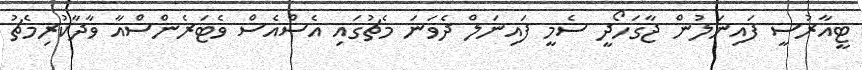
ޓީއާރުސީ ފައިނަލުން ޖާގަހޯދީ ސެމީ ފައިނަލް ދެވަނަ މެޗުގައި އެސްއެސް ވެޓަރެންސްއާ ވާދާކުރިމެޗު